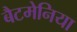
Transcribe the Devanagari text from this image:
बैटमेनिया